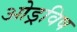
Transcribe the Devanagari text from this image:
ओड्रविष